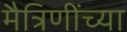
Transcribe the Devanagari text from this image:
मैत्रिणींच्या